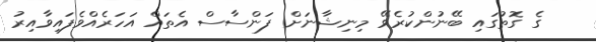
ގެ ގޮތުގައި ބޭނުންކުރެވޭ މިނިޝާނަށް ފަންސާސް އެތައް އަހަރެއްވެފައިވާއިރު